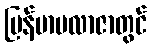
မြန်မာပလာဇာတွင်